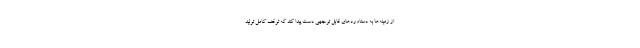
از زمينه‌ها به دستاوردهاي قابل توجهی دست پيدا كند كه توقف کامل تولید